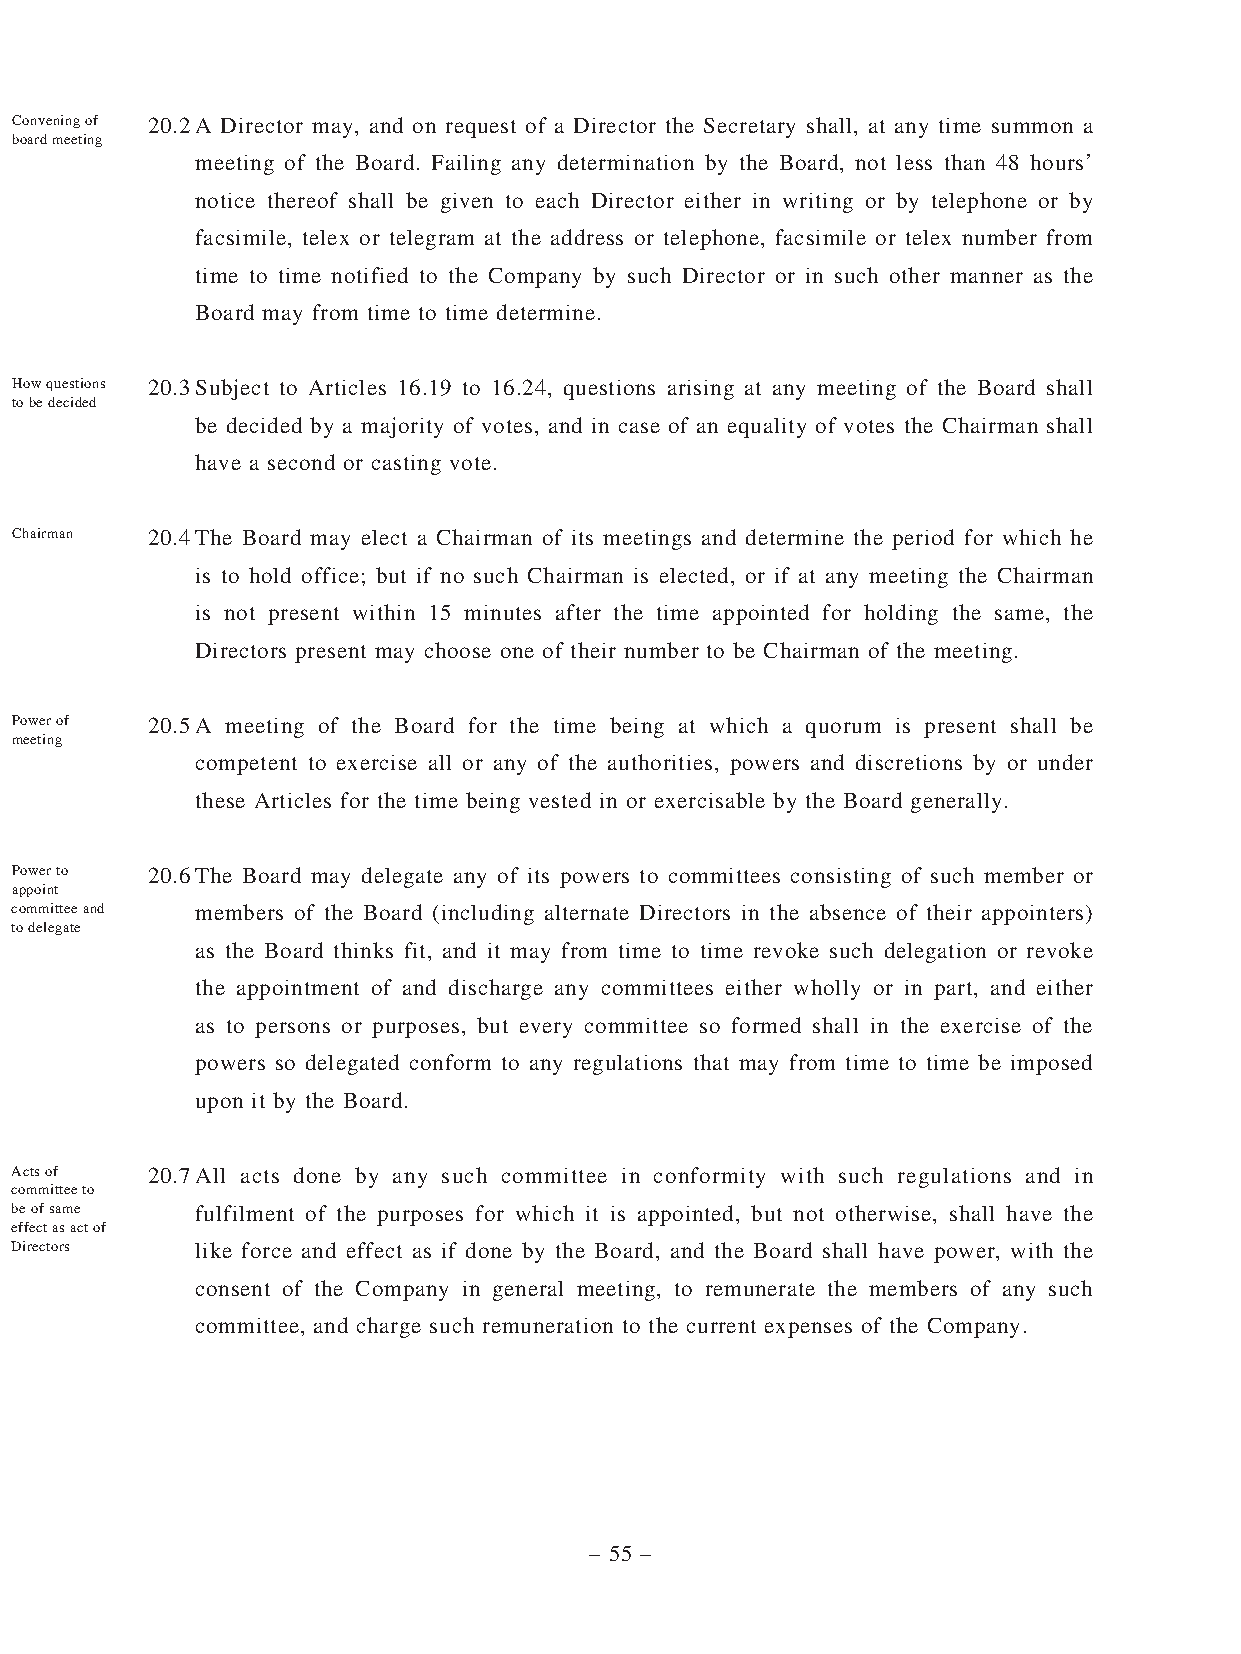
Convening of 20.2 A Director may, and on request of a Director the Secretary shall, at any time summon a
 board meeting
 meeting of the Board. Failing any determination by the Board, not less than 48 hours’
 notice thereof shall be given to each Director either in writing or by telephone or by
 facsimile, telex or telegram at the address or telephone, facsimile or telex number from
 time to time notified to the Company by such Director or in such other manner as the
 Board may from time to time determine.
 How questions 20.3 Subject to Articles 16.19 to 16.24, questions arising at any meeting of the Board shall
 to be decided
 be decided by a majority of votes, and in case of an equality of votes the Chairman shall
 have a second or casting vote.
 Chairman 20.4 The Board may elect a Chairman of its meetings and determine the period for which he
 is to hold office; but if no such Chairman is elected, or if at any meeting the Chairman
 is not present within 15 minutes after the time appointed for holding the same, the
 Directors present may choose one of their number to be Chairman of the meeting.
 Power of 20.5 A meeting of the Board for the time being at which a quorum is present shall be
 meeting
 competent to exercise all or any of the authorities, powers and discretions by or under
 these Articles for the time being vested in or exercisable by the Board generally.
 Power to 20.6 The Board may delegate any of its powers to committees consisting of such member or
 appoint
 committee and members of the Board (including alternate Directors in the absence of their appointers)
 to delegate
 as the Board thinks fit, and it may from time to time revoke such delegation or revoke
 the appointment of and discharge any committees either wholly or in part, and either
 as to persons or purposes, but every committee so formed shall in the exercise of the
 powers so delegated conform to any regulations that may from time to time be imposed
 upon it by the Board.
 Acts of  20.7 All acts done by any such committee in conformity with such regulations and in
 committee to
 be of same  fulfilment of the purposes for which it is appointed, but not otherwise, shall have the
 effect as act of
 Directors   like force and effect as if done by the Board, and the Board shall have power, with the
 consent of the Company in general meeting, to remunerate the members of any such
 committee, and charge such remuneration to the current expenses of the Company.
 – 55 –